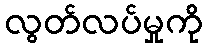
လွတ်လပ်မှုကို